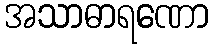
အသာဓာရဏော